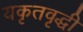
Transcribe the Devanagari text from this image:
यकृतवृद्धी